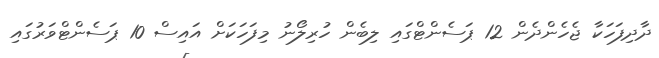
ދާދިފަހަކާ ޖެހެންދެން 12 ޕަސެންޓްގައި ލިބެން ހުރިލޯނު މިފަހަކަށް އައިސް 10 ޕަސެންޓްވަރުގައި